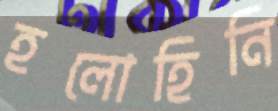
হলোহিনি